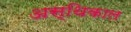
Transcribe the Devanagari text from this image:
अस्थिकाल